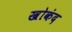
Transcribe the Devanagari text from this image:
खोकंद